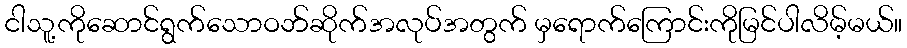
ငါသူ့ကိုဆောင်ရွက်သောဝဘ်ဆိုက်အလုပ်အတွက် မှရောက်ကြောင်းကိုမြင်ပါလိမ့်မယ်။